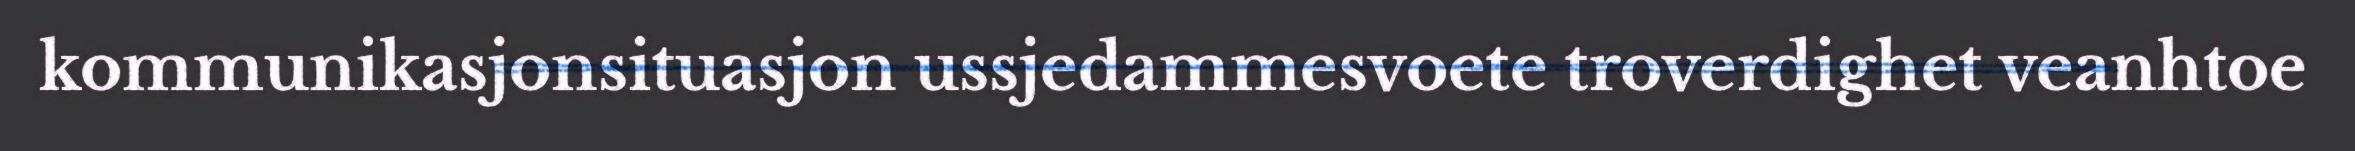
kommunikasjonsituasjon ussjedammesvoete troverdighet veanhtoe